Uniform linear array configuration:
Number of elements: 64
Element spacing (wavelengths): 0.5
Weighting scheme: cosine
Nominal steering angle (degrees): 45
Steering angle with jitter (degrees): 43.317
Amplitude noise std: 0.05
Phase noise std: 0.05

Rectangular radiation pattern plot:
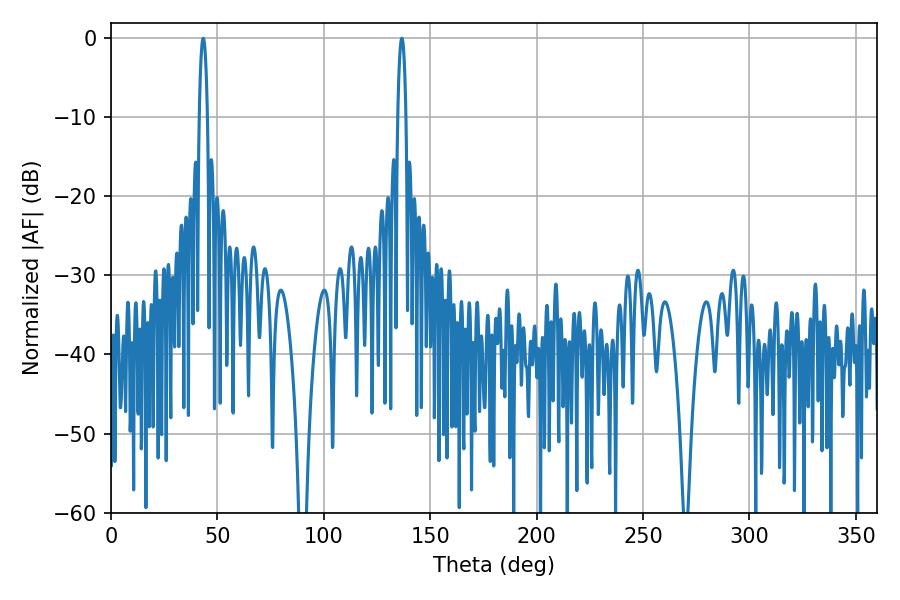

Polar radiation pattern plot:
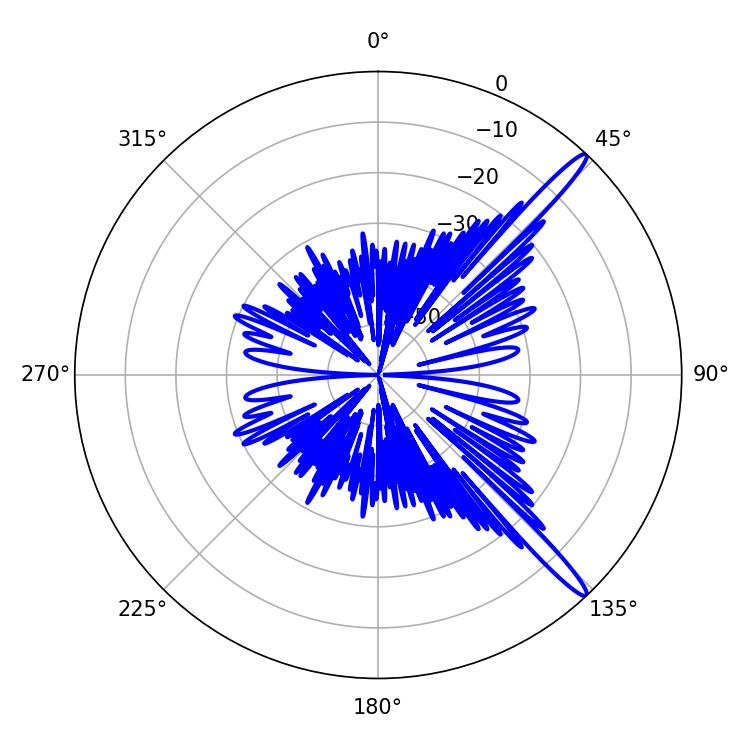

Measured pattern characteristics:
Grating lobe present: FALSE
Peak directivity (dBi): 15.274
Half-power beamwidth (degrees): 2.16
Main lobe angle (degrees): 43.38